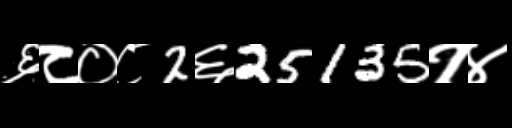
Text: ६८०८2६25135१४